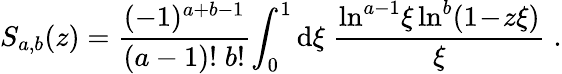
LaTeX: S_{a,b}(z)=\frac{(-1)^{a+b-1}}{(a-1)!\; b!}\! \int_{0}^{1}\mathrm{d}\xi\; \frac{\ln^{a-1}\! \xi\ln^{b}(1\! -\! z\xi)}{\xi}\; .